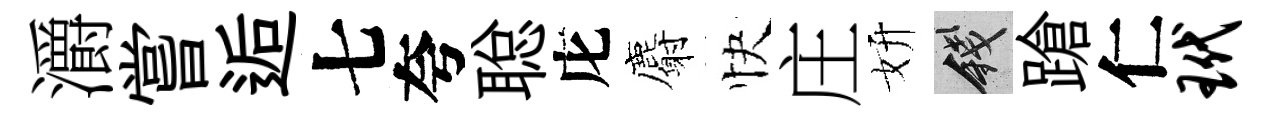
灂嘗逅七夸聪庀麝快庄妍錢蹌仁玳